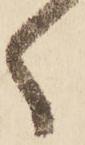
く